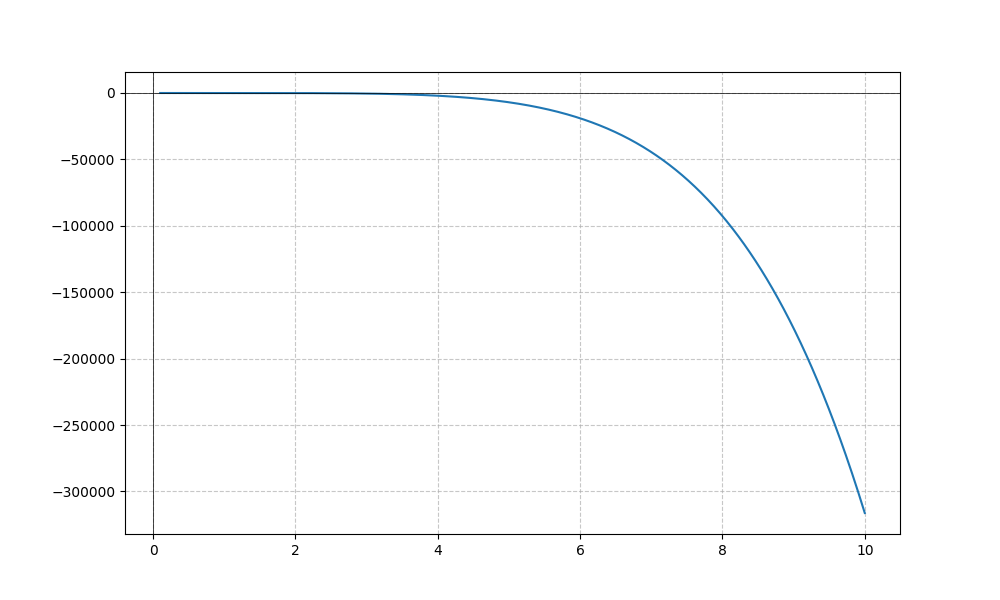
LaTeX formula: - x^{\frac{11}{2}}